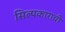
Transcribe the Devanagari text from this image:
सिल्पकाराची